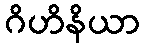
ဂိဟိနိယာ